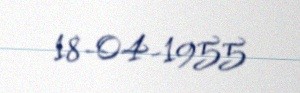
18-04-1955